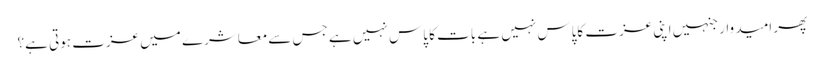
پھر امید وار جنہیں اپنی عزت کاپاس نہیں ہے بات کا پاس نہیں ہے جس سےمعاشرے میں عزت ہوتی ہے؟